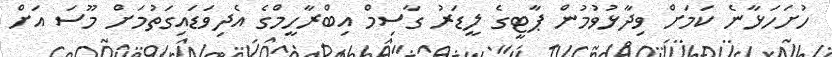
ހުށަހަޅާނެ ކަމަށް ވިދާޅުވުމުން ޕާޓީގެ ލީޑަރު ގާސިމް އިބްރާހީމްގެ އެދިވަޑައިގަތުމަށް މޫސަ އަށް